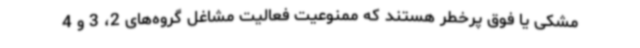
مشکی یا فوق پرخطر هستند که ممنوعیت فعالیت مشاغل گروه‌های 2، 3 و 4